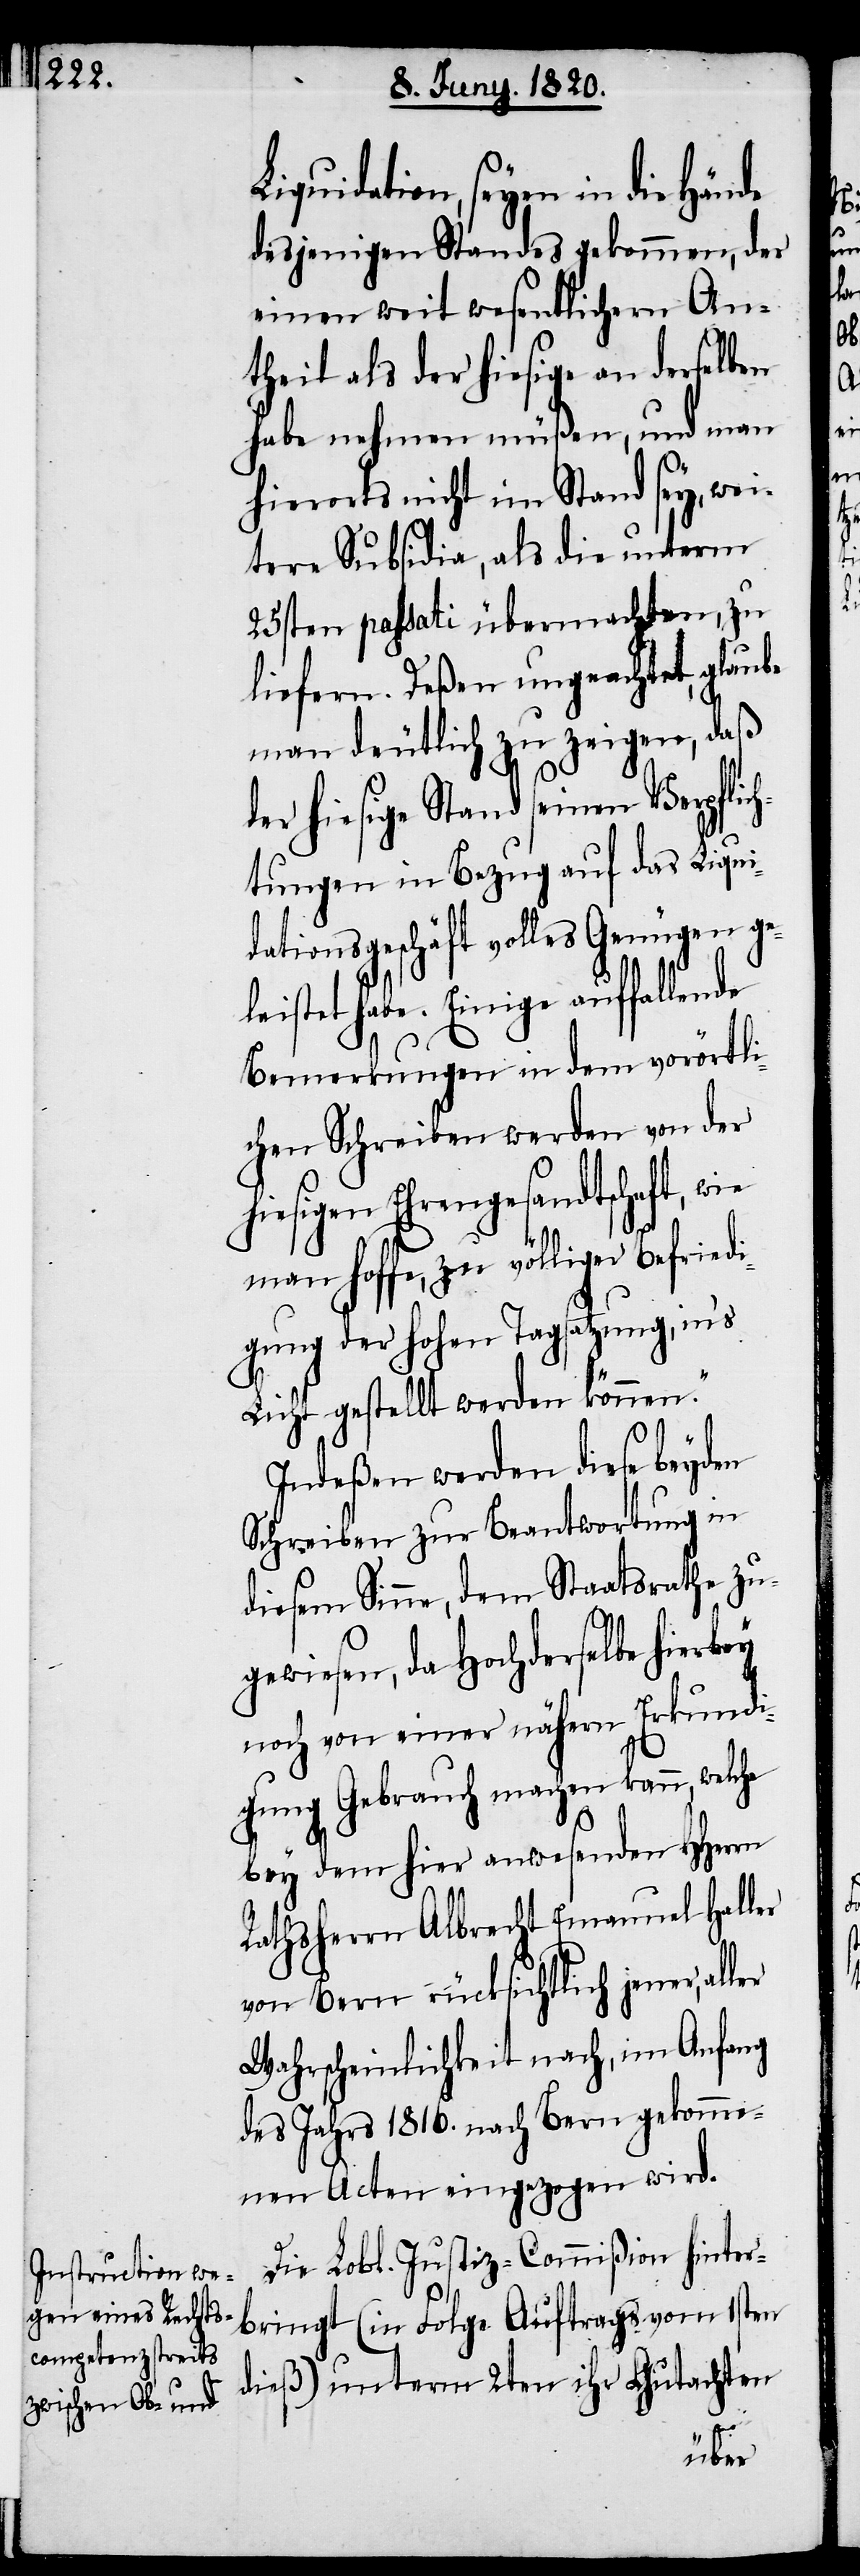
Liquidation, seyen in die Hände
desjenigen Standes gekommen, der
einen weit wesentlichern An¬
theil als der hiesige an derselben
habe nehmen müßen, und man
hierorts nicht im Stand sey, wei¬
tere Subsidia, als die unterm
25sten passati übermachten, zu
liefern. Deßen ungeachtet, glaube
man deutlich zu zeigen, daß
der hiesige Stand seinen Verpflic¬
htungen in Bezug auf das Liqui¬
dationsgeschäft volles Genügen ge¬
leistet habe. Einige auffallende
Bemerkungen in dem vorörtli¬
chen Schreiben werden von der
hiesigen Ehrengesandtschaft, wie
man hoffe, zu völliger Befriedi¬
gung der hohen Tagsatzung, in’s
Licht gestellt werden können.“
Indeßen werden diese beyden
Schreiben zu Beantwortung in
diesem Sinne, dem Staatsrathe zu¬
gewiesen, da Hochderselbe hierbey
noch von einer nähern Erkundi¬
gung Gebrauch machen kann, welche
bey dem hier anwesenden HHerrn
Rathsherrn Albrecht Emanuel Heller
von Bern rücksichtlich jener, aller
Wahrscheinlichkeit nach, im Anfang
des Jahres 1816. nach Bern gekomme¬
nen Acten eingezogen wird.
Die Lobl. Justiz-Commiβion hinter¬
bringt (in Folge Auftrags vom 1sten
dieß) unterm 2ten ihr Gutachten